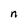
Character: n